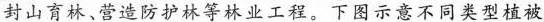
封山育林、营造防护林等林业工程。下图示意不同类型植被